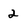
Character: 2